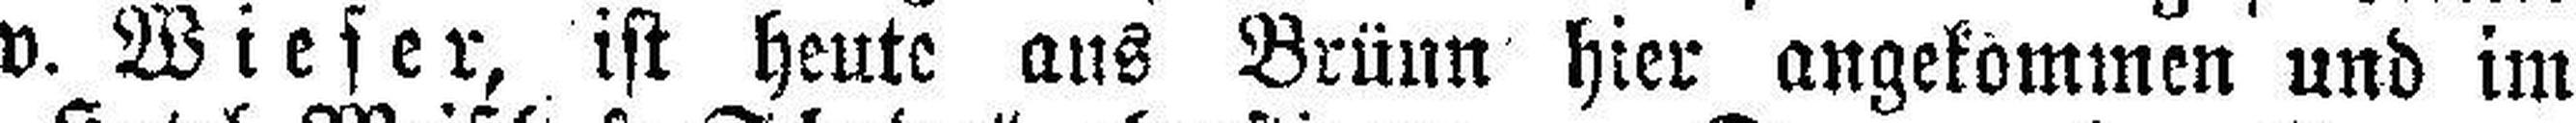
v. Wieser, ist heute ans Brünn hier angekömmen und im